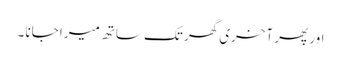
اور پھر آخری گھر تک ساتھ میرا جانا ۔